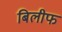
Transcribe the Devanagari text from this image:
बिलीफ